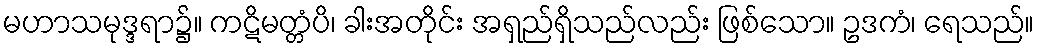
မဟာသမုဒ္ဒရာ၌။ ကဋိမတ္တံပိ၊ ခါးအတိုင်း အရှည်ရှိသည်လည်း ဖြစ်သော။ ဥဒကံ၊ ရေသည်။